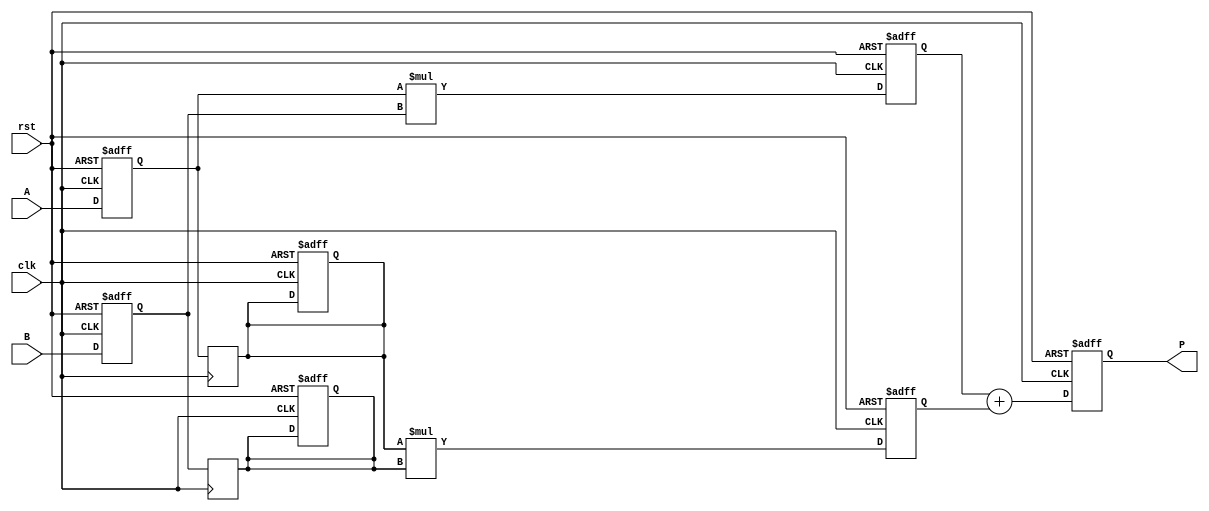
module systolic_multiplier #(parameter WIDTH = 4) (
    input clk,
    input rst,
    input [WIDTH-1:0] A,
    input [WIDTH-1:0] B,
    output reg [2*WIDTH-1:0] P
);

    // Processing Element (PE) structure
    reg [WIDTH-1:0] a_reg[0:1]; // Registers for A bits
    reg [WIDTH-1:0] b_reg[0:1]; // Registers for B bits
    reg [2*WIDTH-1:0] partial_product[0:1]; // Partial products

    integer i;

    // Control Logic
    always @(posedge clk or posedge rst) begin
        if (rst) begin
            // Reset all registers
            P <= 0;
            for (i = 0; i < 2; i = i + 1) begin
                a_reg[i] <= 0;
                b_reg[i] <= 0;
                partial_product[i] <= 0;
            end
        end else begin
            // Shift inputs into the registers
            a_reg[0] <= A;
            b_reg[0] <= B;

            // Processing in PEs
            partial_product[0] <= a_reg[0] * b_reg[0]; // PE0: Multiply A[0] and B[0]
            partial_product[1] <= a_reg[1] * b_reg[1]; // PE1: Multiply A[1] and B[1]

            // Accumulate results
            P <= partial_product[0] + partial_product[1];
        end
    end

    // Data flow for PEs
    always @(posedge clk) begin
        // Shift data for next cycle
        a_reg[1] <= a_reg[0]; // Shift A
        b_reg[1] <= b_reg[0]; // Shift B
    end

endmodule